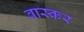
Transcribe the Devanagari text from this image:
बास्कर